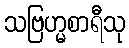
သဗြဟ္မစာရီသု